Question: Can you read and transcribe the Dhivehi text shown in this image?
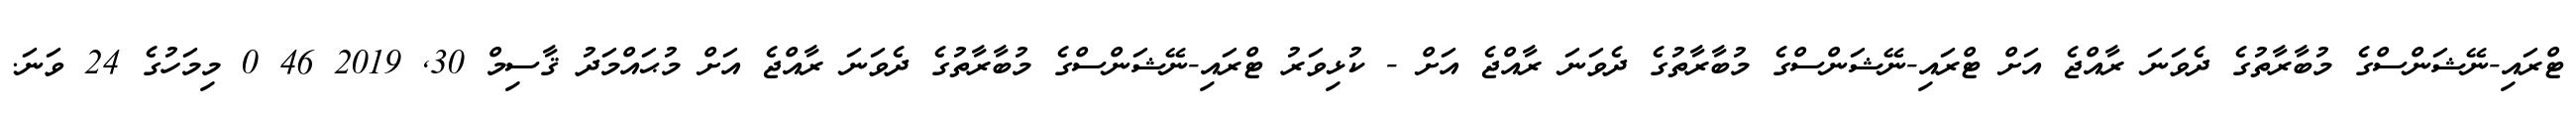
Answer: ޓްރައި-ނޭޝަންސްގެ މުބާރާތުގެ ދެވަނަ ރާއްޖެ އަށް ޓްރައި-ނޭޝަންސްގެ މުބާރާތުގެ ދެވަނަ ރާއްޖެ އަށް - ކުޅިވަރު ޓްރައި-ނޭޝަންސްގެ މުބާރާތުގެ ދެވަނަ ރާއްޖެ އަށް މުޙައްމަދު ޤާސިމް 30, 2019 46 0 މިމަހުގެ 24 ވަނަ.